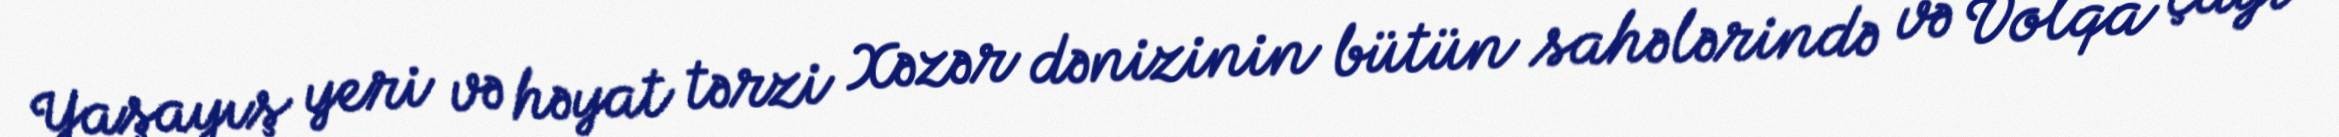
Yaşayış yeri və həyat tərzi Xəzər dənizinin bütün sahələrində və Volqa çayı